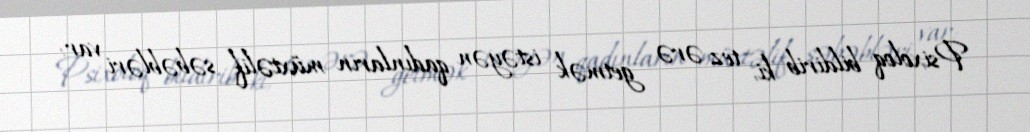
Psixoloq bildirib ki, tez ərə getmək istəyən qadınların müxtəlif səbəbləri var: